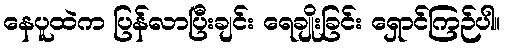
နေပူထဲက ပြန်လာပြီးချင်း ရေချိုးခြင်း ရှောင်ကြဉ်ပါ။